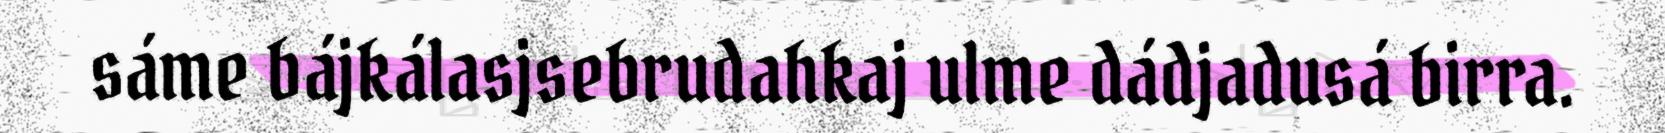
sáme bájkálasjsebrudahkaj ulme dádjadusá birra.